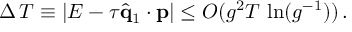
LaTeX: \Delta \, T \equiv | E - \tau \hat { { \bf q } } _ { 1 } \cdot { \bf p } | \leq O ( g ^ { 2 } T \, \ln ( g ^ { - 1 } ) ) \, .